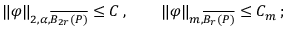
\begin{array} { r } { \| \varphi \| _ { 2 , \alpha , \overline { { B _ { 2 r } ( P ) } } } \leq C \, , \qquad \| \varphi \| _ { m , \overline { { B _ { r } ( P ) } } } \leq C _ { m } \, ; } \end{array}